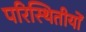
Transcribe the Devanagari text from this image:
परिस्थितीयों